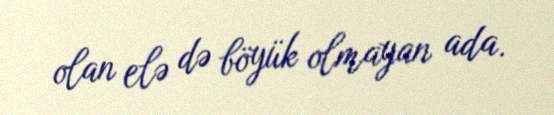
olan elə də böyük olmayan ada.